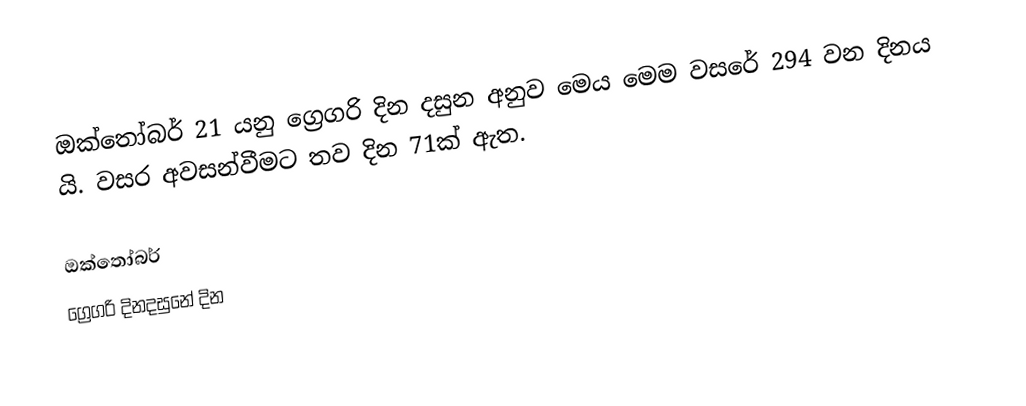
ඔක්තෝබර් 21 යනු ග්‍රෙගරි දින දසුන අනුව මෙය මෙම වසරේ 294 වන දිනය යි. වසර අවසන්වීමට තව දින 71ක් ඇත.

ඔක්තෝබර්
ග්‍රෙගරි දිනදසුනේ දින